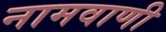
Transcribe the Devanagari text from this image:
नामवाणी